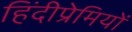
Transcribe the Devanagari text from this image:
हिंदीप्रेमियों